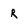
Character: R